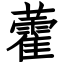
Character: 藿